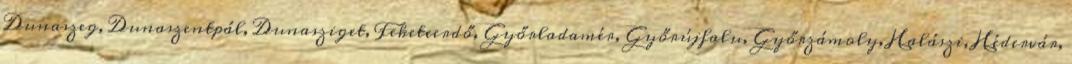
Dunaszeg, Dunaszentpál, Dunasziget, Feketeerdő, Győrladamér, Győrújfalu, Győrzámoly, Halászi, Hédervár,